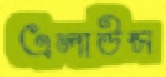
এলাউন্স